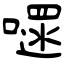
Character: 嚃